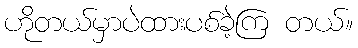
ဟိုတယ်မှာပဲထားပစ်ခဲ့ကြ တယ်။